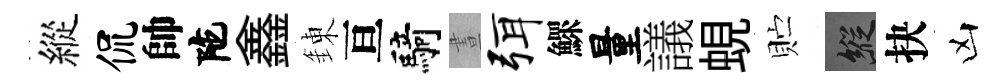
縱侃帥陀鑫錬亘騎晝弭鰥量議蜆贮縱抉凶